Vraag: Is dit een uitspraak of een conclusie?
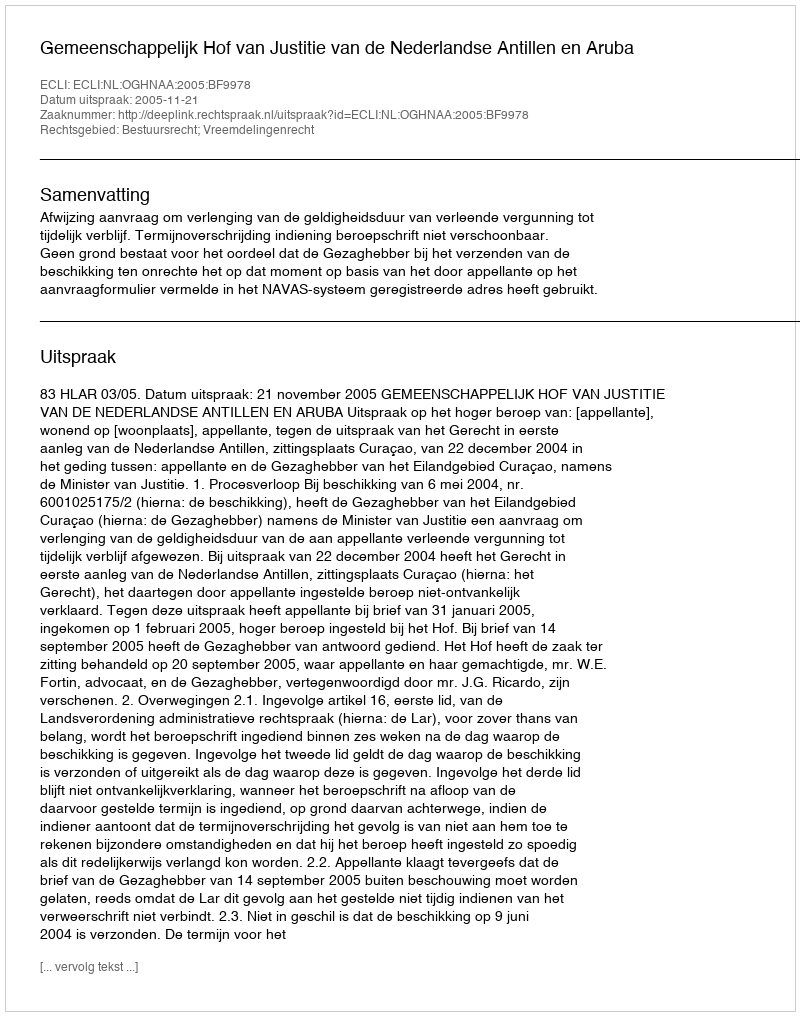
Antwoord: Uitspraak